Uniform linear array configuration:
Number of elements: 24
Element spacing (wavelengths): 1
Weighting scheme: hamming
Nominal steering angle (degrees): -15
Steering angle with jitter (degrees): -13.967
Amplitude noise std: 0.05
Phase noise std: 0.05

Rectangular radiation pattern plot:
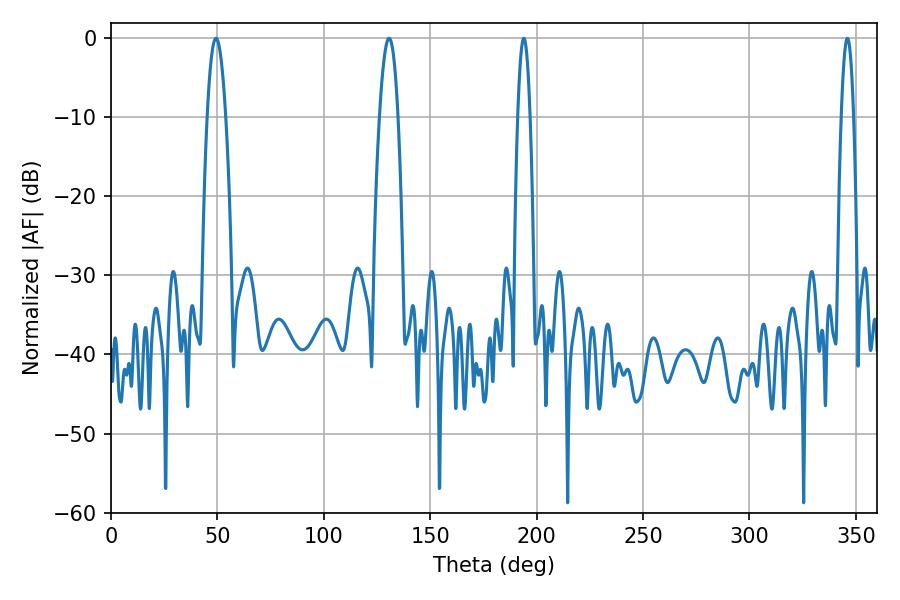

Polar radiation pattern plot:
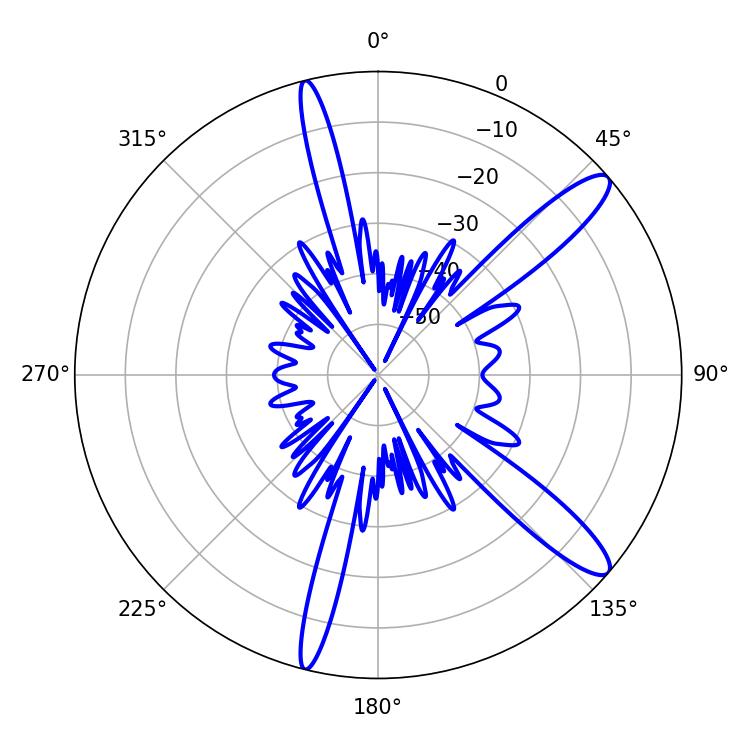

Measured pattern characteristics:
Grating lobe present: TRUE
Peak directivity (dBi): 12.654
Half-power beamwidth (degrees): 4.86
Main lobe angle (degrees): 49.32